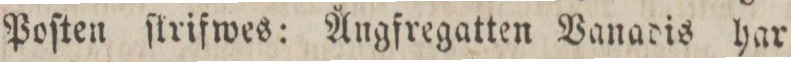
Poſten ſtrifwes: Ångfregatten Vanadis har